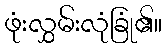
ဖုံးလွှမ်းလုံခြုံ၏။